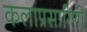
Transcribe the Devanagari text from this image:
कलाप्रसारिणी